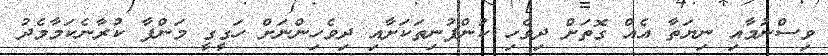
ވިސްނުމާއި ނިޔަތާ އެއް ގޮތަށް ދިވެހި ކުންފުނިތަކަށާއި ދިވެހިންނަށް ހަގީގީ މަންފާ ކުރާނެކަމާމެދު